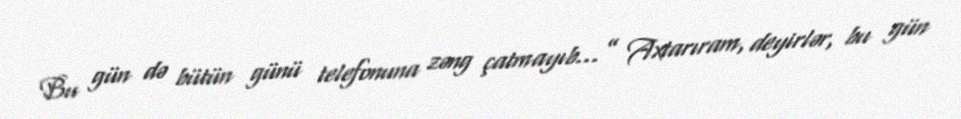
Bu gün də bütün günü telefonuna zəng çatmayıb...” Axtarıram, deyirlər, bu gün